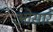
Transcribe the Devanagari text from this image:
ओसारे